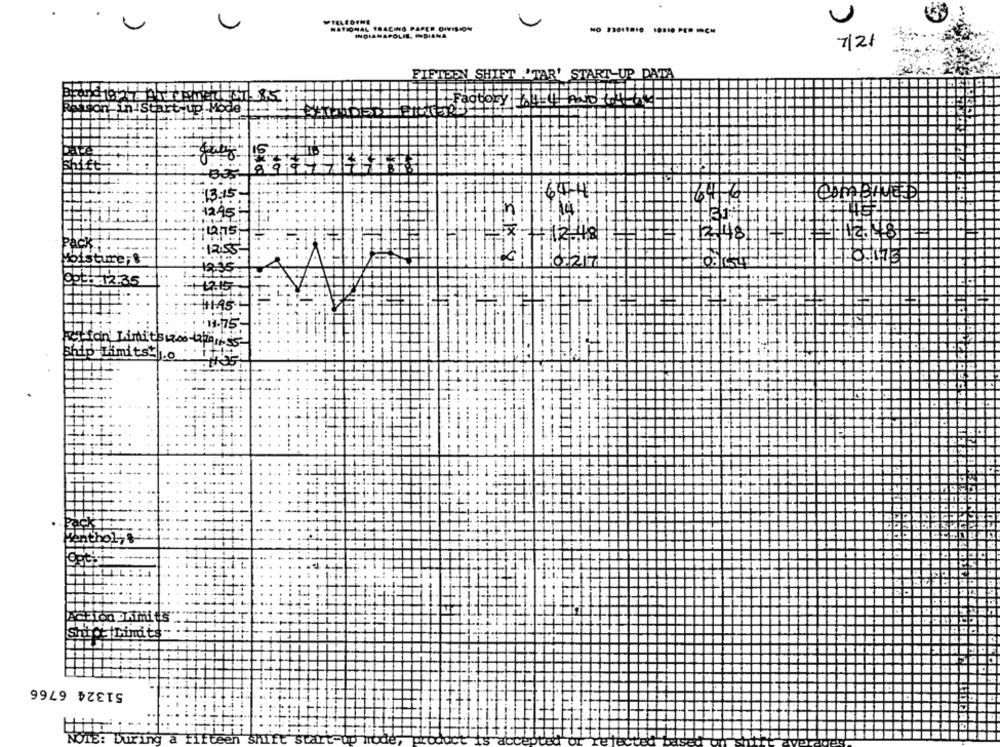
NATIONAL TRACING PAPER DIVISION
INDIANAPOLIS, INDIANA
7/2/
FIFTEEN SHIFT
AR' START-UP DATA
on in start
Mode.
13.15.
4469
12.45
1275
12-48
Pack
12:55
Moisture;&
10.03
12.35
2170
095: 12:35
+2.15
11.45
13.75
Action' Limitsizs
chip Limits
Wenthol;&
iLimits
51324 6766
NOTE: During
gen